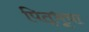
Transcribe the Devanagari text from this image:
पितृभूचा